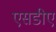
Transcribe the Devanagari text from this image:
एसडीए